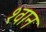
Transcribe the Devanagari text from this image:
श्‍वान